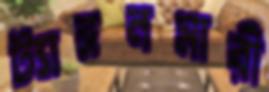
ট্যাঙ্গনমারী